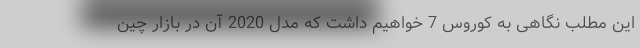
این مطلب نگاهی به کوروس 7 خواهیم داشت که مدل 2020 آن در بازار چین